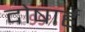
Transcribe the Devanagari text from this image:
दोषार्ह